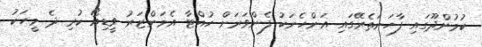
ކުމުންދޫގައި ފާހަނަތެރޭގައި އަންހެނަކު ފެންވަރަށް ހުއްޓާ އެމަންޒަރު ވީޑިއޯ ކުރި ދެ މީހަކު